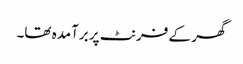
گھر کے فرنٹ پر برآمدہ تھا۔